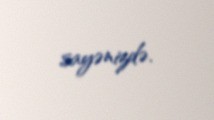
sayənizdə.